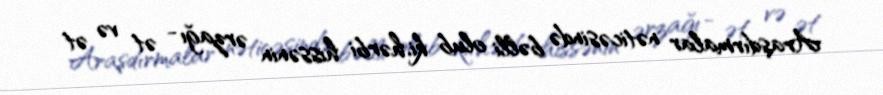
Araşdırmalar nəticəsində bəlli olub ki, hərbi hissənin ərzağı - ət və ət